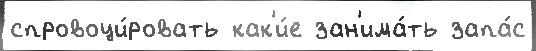
спровоци́ровать как'и́е зан'има́ть запа́с